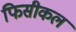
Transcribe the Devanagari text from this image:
फिसीकल